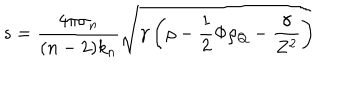
s = \frac { 4 \pi \sigma _ { n } } { ( n - 2 ) k _ { n } } \sqrt { \gamma \left( \rho - \frac { 1 } { 2 } \Phi \rho _ { Q } - \frac { \gamma } { Z ^ { 2 } } \right) }